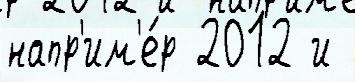
напр'им'е́р 2012 и